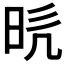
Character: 𭥥